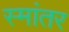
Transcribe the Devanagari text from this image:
स्मांतर